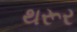
થરૂર